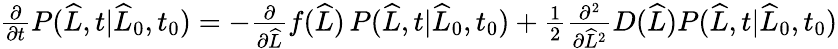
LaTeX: \begin{array}{r}{\frac{\partial}{\partial t}P(\widehat{L},t|\widehat{L}_{0},t_{0})=-\frac{\partial}{\partial\widehat{L}}f(\widehat{L})\, P(\widehat{L},t|\widehat{L}_{0},t_{0})+\frac{1}{2}\frac{\partial^{2}}{\partial\widehat{L}^{2}}D(\widehat{L})P(\widehat{L},t|\widehat{L}_{0},t_{0})}\end{array}